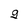
Character: q